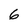
Character: 6